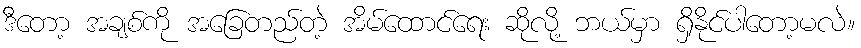
ဒီတော့ အချစ်ကို အခြေတည်တဲ့ အိမ်ထောင်ရေး ဆိုလို့ ဘယ်မှာ ရှိနိုင်ပါတော့မလဲ။